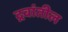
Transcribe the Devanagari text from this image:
द्रवांतील